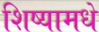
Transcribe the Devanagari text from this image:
शिष्यामधे